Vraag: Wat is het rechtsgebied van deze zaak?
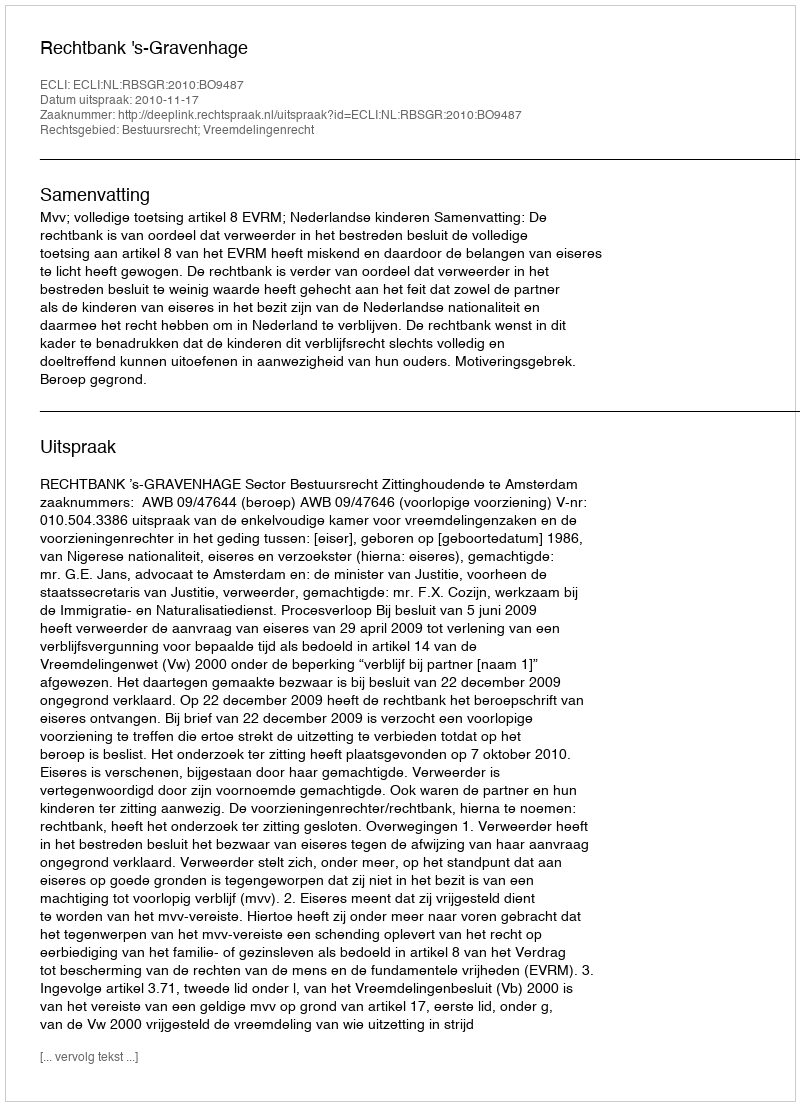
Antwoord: Bestuursrecht; Vreemdelingenrecht